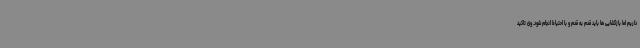
داریم اما بازگشایی ها باید قدم به قدم و با احتیاط انجام شود. وی تاکید